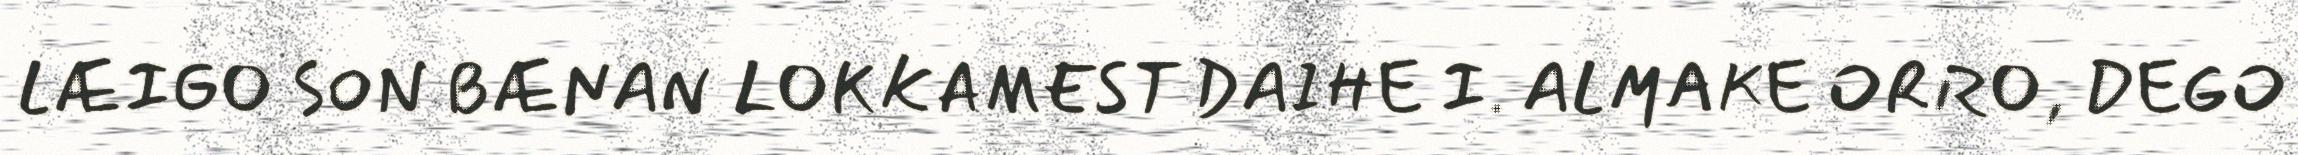
LÆIGO SON BÆNAN LOKKAMEST DAIHE I. ALMAKE ORRO, DEGO